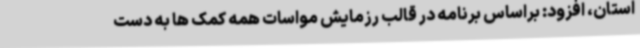
استان، افزود: براساس برنامه در قالب رزمایش مواسات همه کمک ها به دست